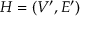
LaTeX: H = ( V ^ { \prime } , E ^ { \prime } )